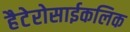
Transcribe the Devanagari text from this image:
हैटेरोसाईकलिक